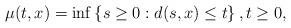
LaTeX: \begin{align*}\mu(t,x)=\inf\left\{s\geq 0: d(s,x)\leq t\right\}, t\geq 0,\end{align*}